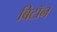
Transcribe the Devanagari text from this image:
बिटॉन